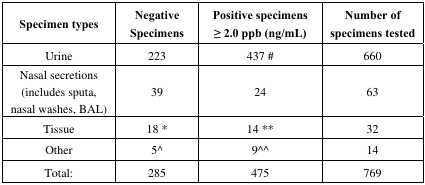
<table><thead><tr><td><b>Specimen types</b></td><td><b>Negative Specimens</b></td><td><b>Positive specimens ≥ 2.0 ppb (ng/mL)</b></td><td><b>Number of specimens tested</b></td></tr></thead><tbody><tr><td>Urine</td><td>223</td><td>437 #</td><td>660</td></tr><tr><td>Nasal secretions (includes sputa, nasal washes, BAL)</td><td>39</td><td>24</td><td>63</td></tr><tr><td>Tissue</td><td>18 *</td><td>14 **</td><td>32</td></tr><tr><td>Other</td><td>5^</td><td>9^^</td><td>14</td></tr><tr><td>Total:</td><td>285</td><td>475</td><td>769</td></tr></tbody></table>